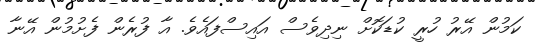
ކަމުން އޭރު ހުރީ ކުޑަކޮށް ނިދިވެސް އައިސްފައެވެ. އާ ފުރެން ފެށުމުން އޭނާ